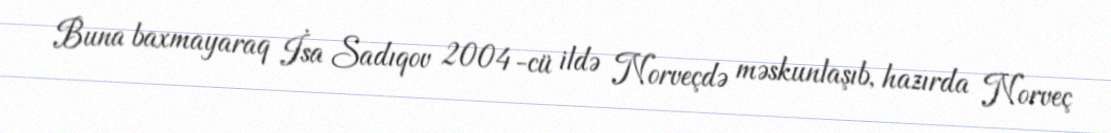
Buna baxmayaraq İsa Sadıqov 2004-cü ildə Norveçdə məskunlaşıb, hazırda Norveç